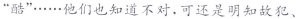
”酷”\cdots \cdots他们也知道不对，可还是明知故犯、